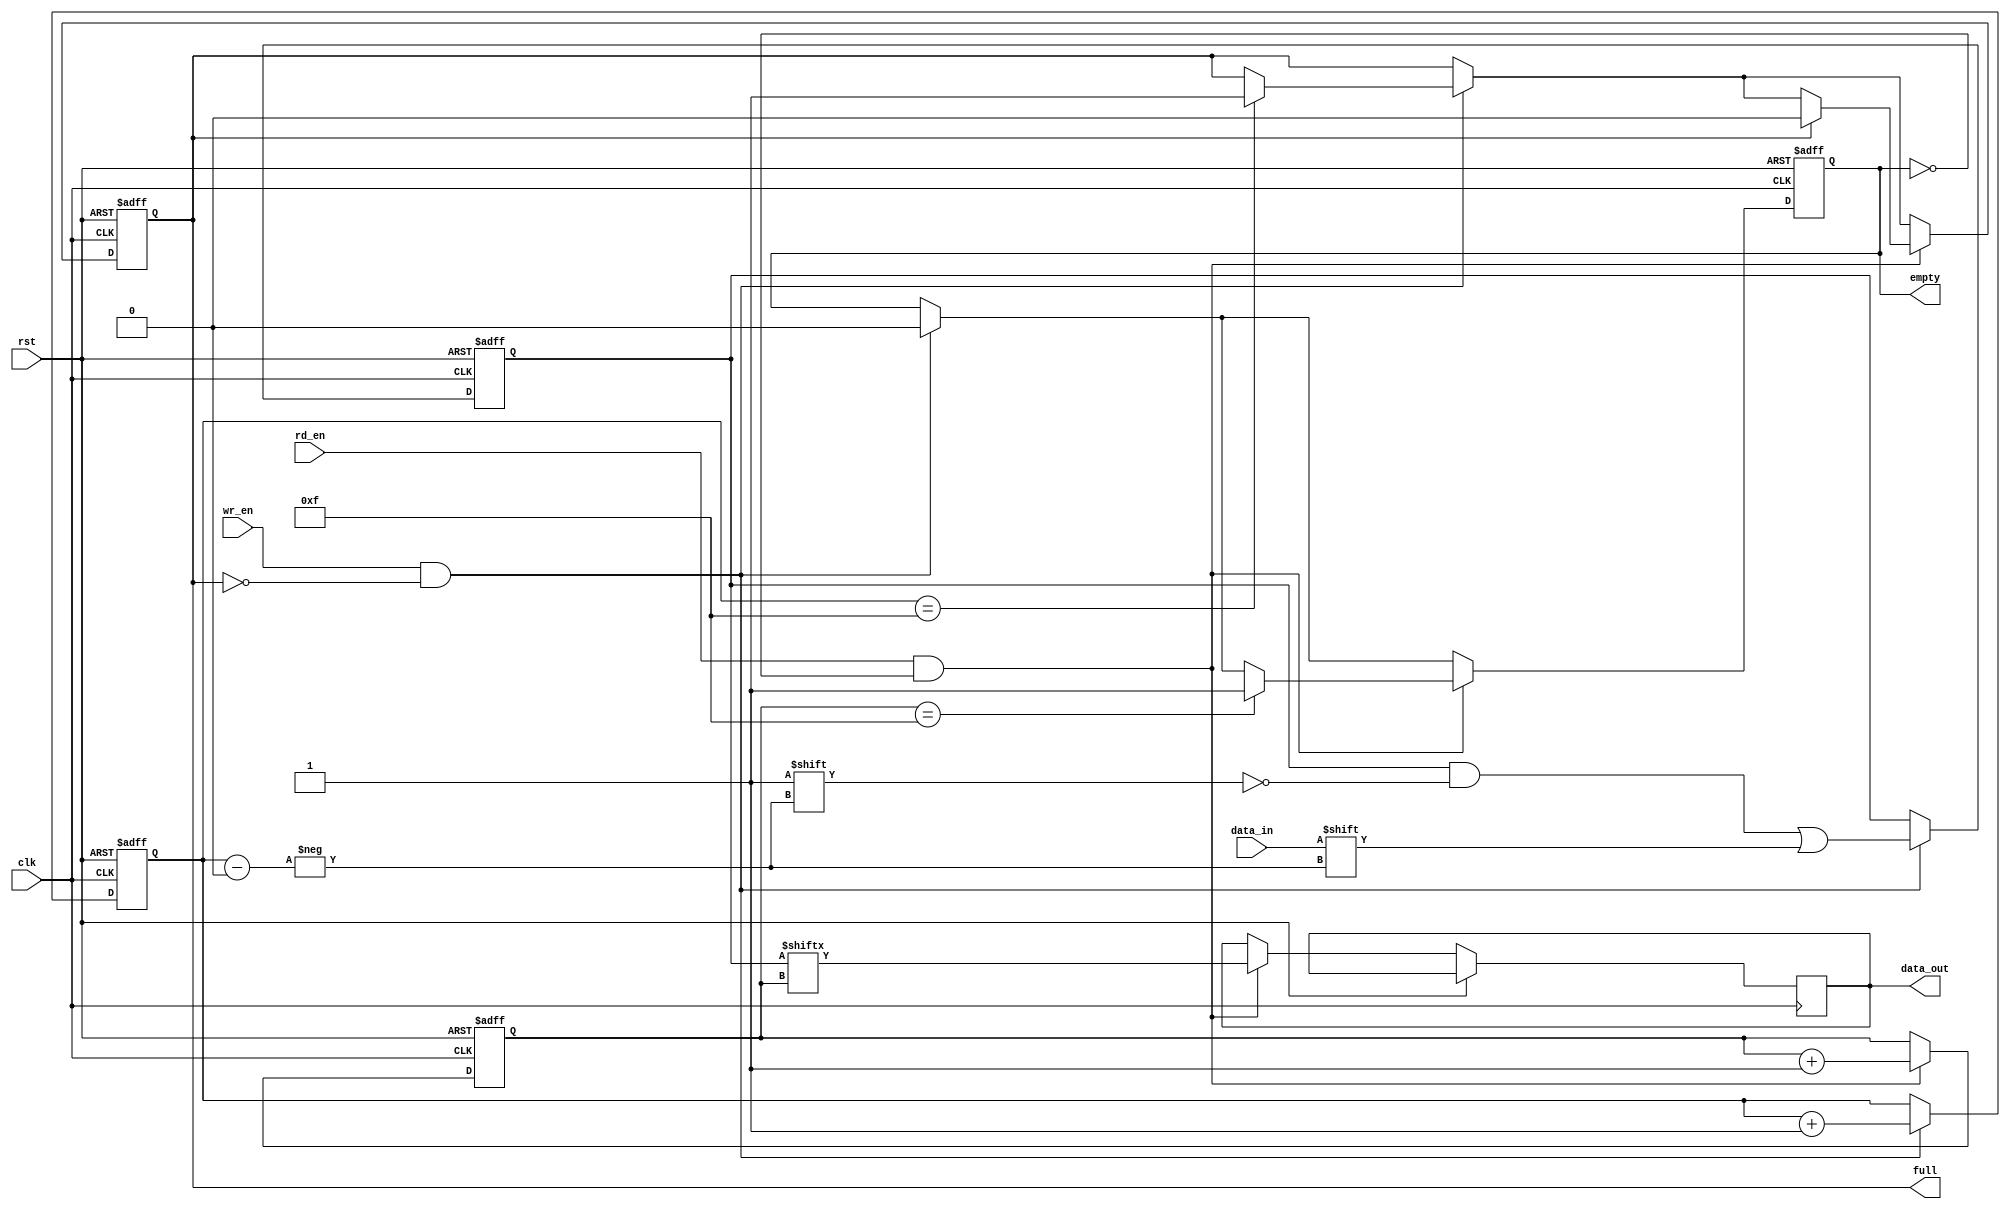
module Gray_FIFO (
    input wire clk,
    input wire rst,
    input wire wr_en,
    input wire rd_en,
    input wire data_in,
    output reg data_out,
    output reg full,
    output reg empty
);

parameter FIFO_DEPTH = 16;
reg [FIFO_DEPTH-1:0] fifo_data;
reg [3:0] write_ptr;
reg [3:0] read_ptr;

always @(posedge clk or posedge rst)
begin
    if (rst) begin
        write_ptr <= 0;
        read_ptr <= 0;
        fifo_data <= 0;
        full <= 0;
        empty <= 1;
    end
    else begin
        if (wr_en && !full) begin
            fifo_data[write_ptr] <= data_in;
            write_ptr <= write_ptr + 1;
            if (write_ptr == FIFO_DEPTH-1) begin
                full <= 1;
            end
            if (empty) begin
                empty <= 0;
            end
        end
        if (rd_en && !empty) begin
            data_out <= fifo_data[read_ptr];
            read_ptr <= read_ptr + 1;
            if (read_ptr == FIFO_DEPTH-1) begin
                empty <= 1;
            end
            if (full) begin
                full <= 0;
            end
        end
    end
end

endmodule